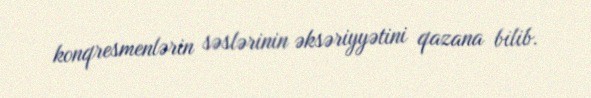
konqresmenlərin səslərinin əksəriyyətini qazana bilib.